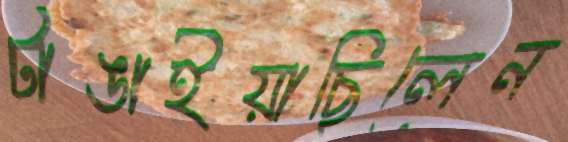
টাঙাইয়াছিলেন